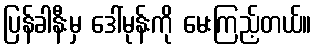
ပြန်ခါနီးမှ ဒေါ်မုန်းကို မေးကြည့်တယ်။